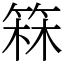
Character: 箖